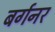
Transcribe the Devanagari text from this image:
बर्गनर